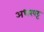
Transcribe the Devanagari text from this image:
अधरपट्ट